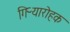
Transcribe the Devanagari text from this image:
गिऱ्यारोहक